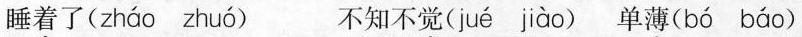
睡着了( zháo zhuó) 不知不觉（ jué jiàg ）单薄( bó bào )